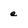
Character: e